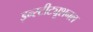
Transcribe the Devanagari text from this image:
इन्स्टीट्यूशनल